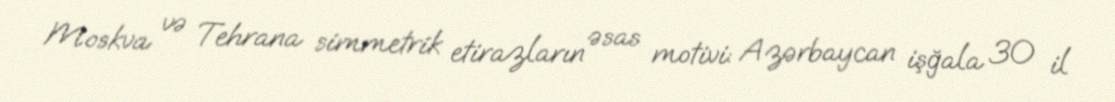
Moskva və Tehrana simmetrik etirazların əsas motivi: Azərbaycan işğala 30 il